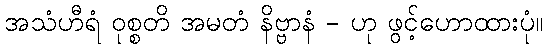
အသံဟီရံ ဝုစ္စတိ အမတံ နိဗ္ဗာနံ - ဟု ဖွင့်ဟောထားပုံ။